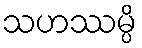
သဟဿမ္ပိ